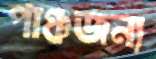
পাঞ্চজন্য